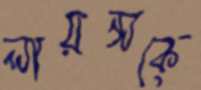
লায়ন্সকে